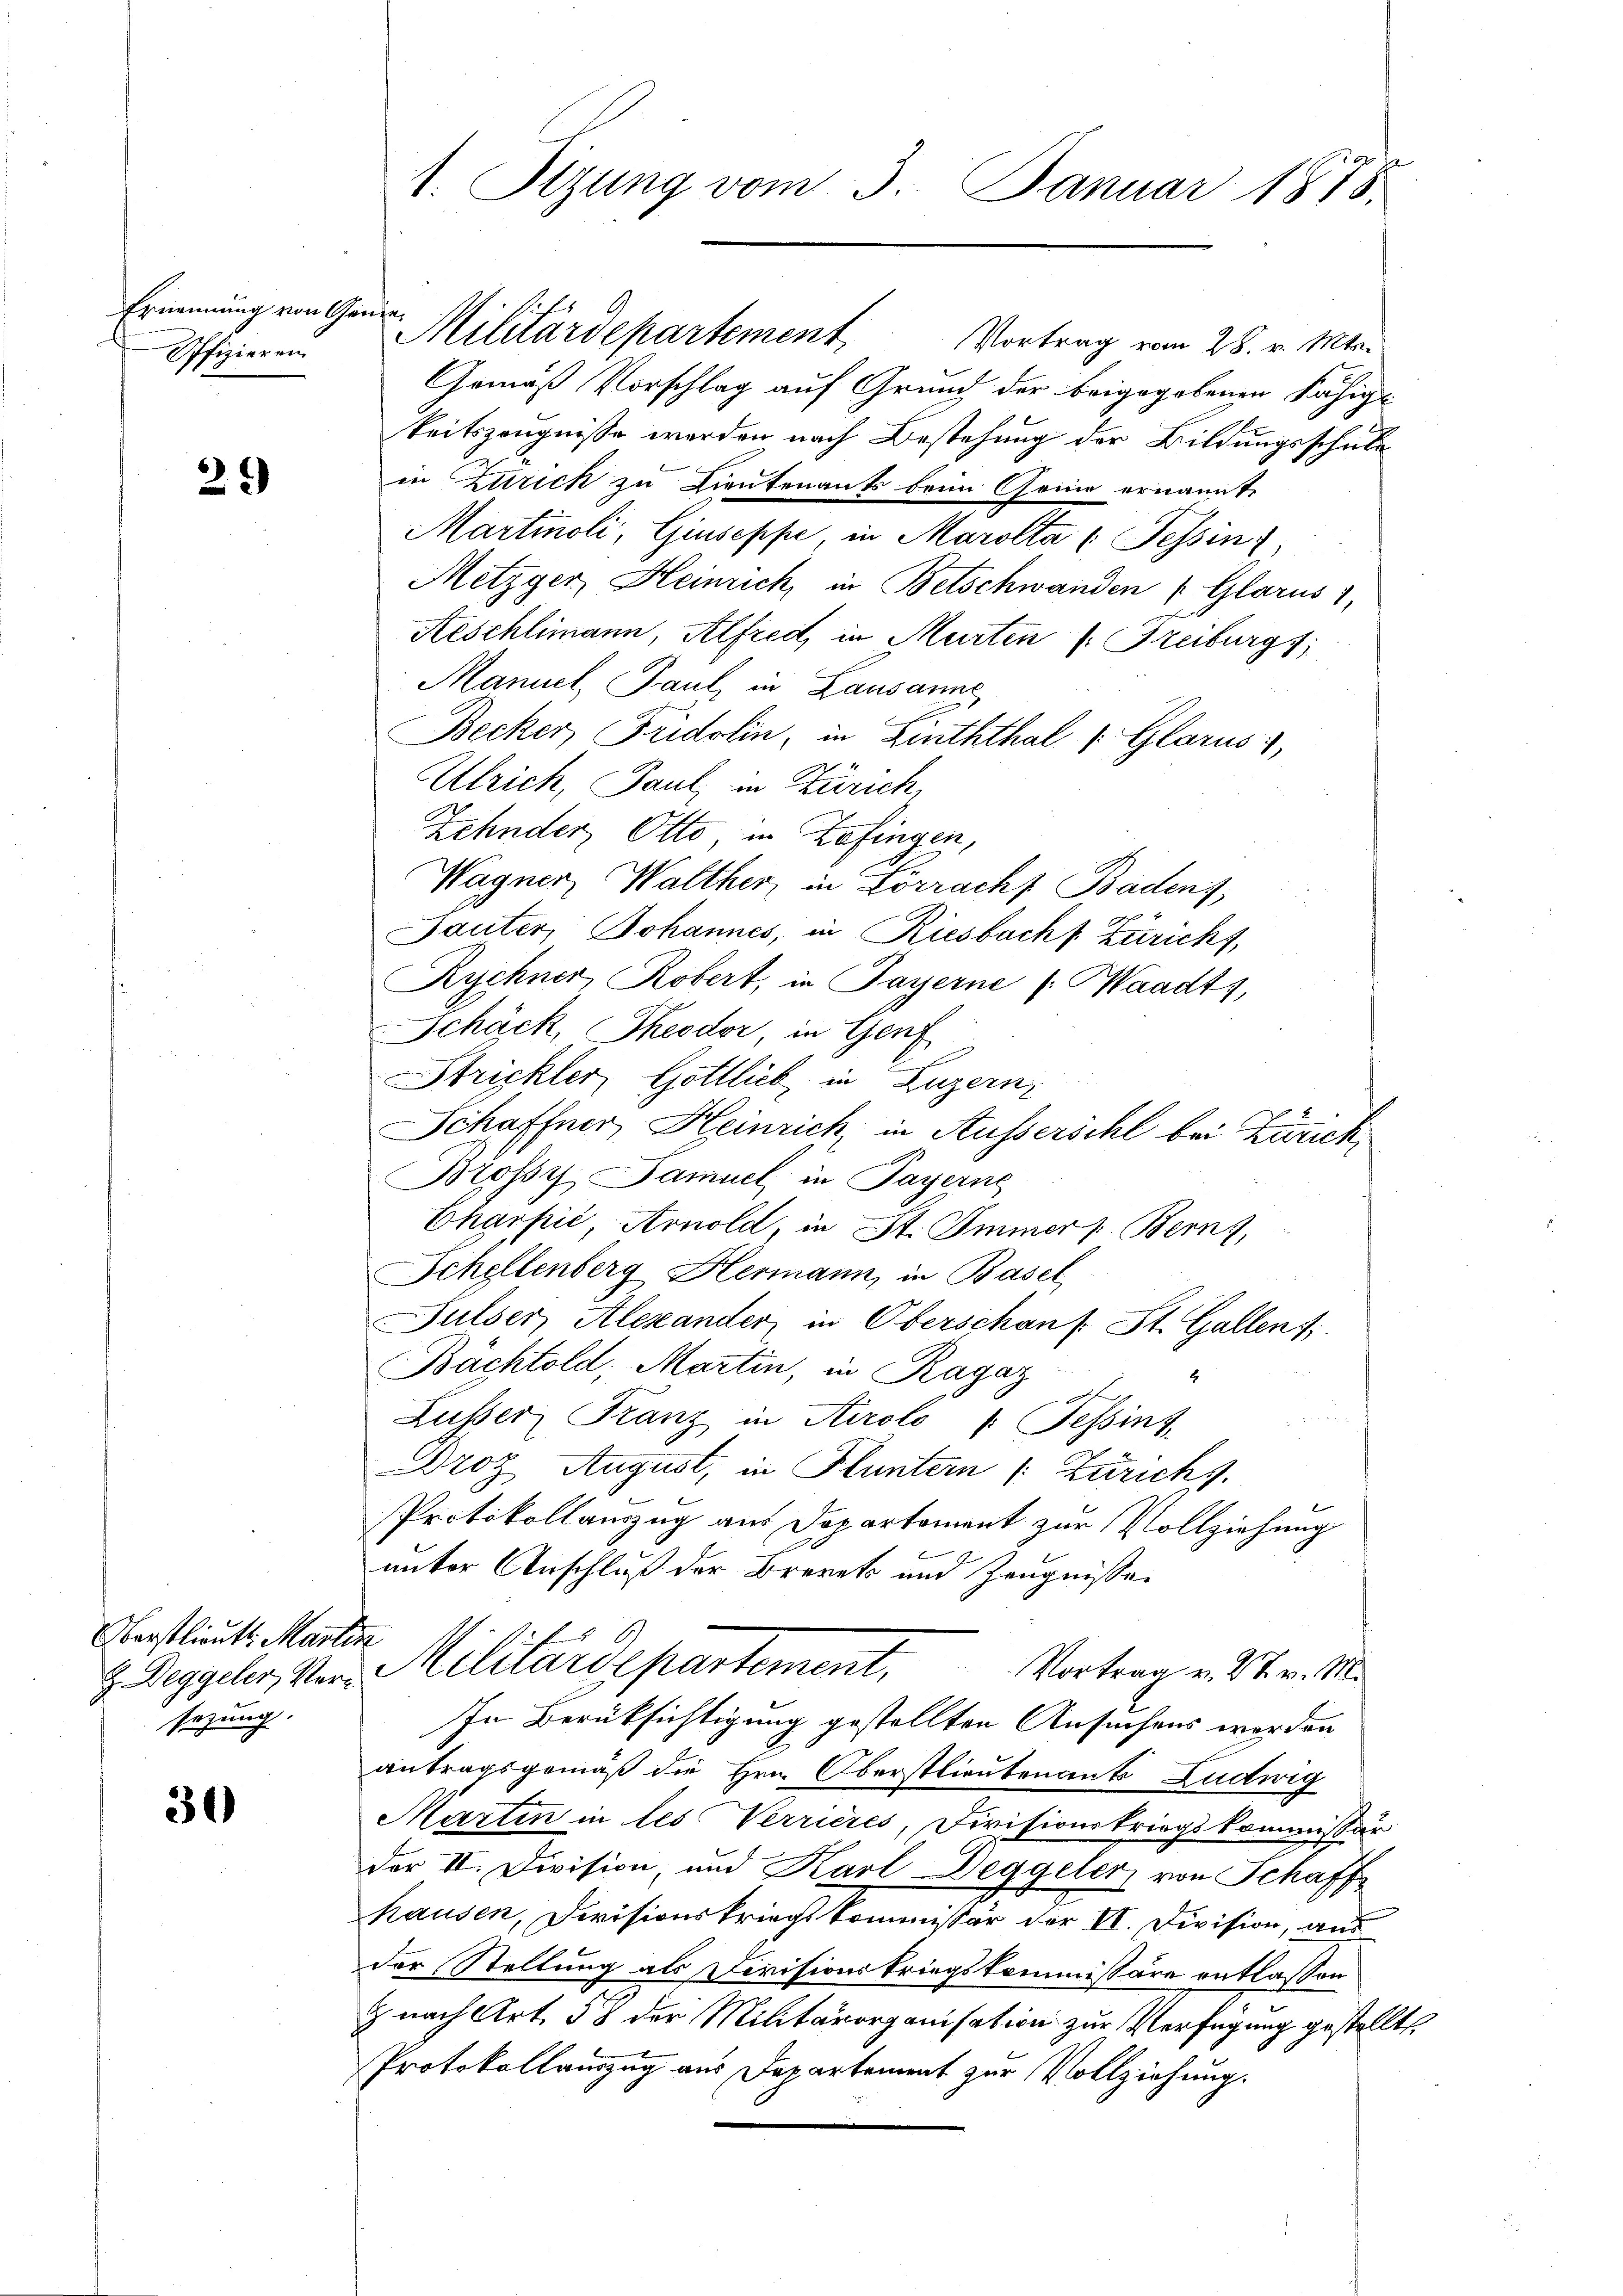
Ernennung von Genie.
Offizieren

2.)

Oberstlieut. Martin
sezung.

30

1. Sizung vom 3. Januar 1878.

Militärdepartement
Vortrag vom 28. v. Mts.
Gemäß Vorschlag auf Grund der beigegebenen Fähige
keitszeugnisse werden nach Bestehung der Bildungsschule
in Zürich zu Lieutenants beim Geine ernannte
Martinoli, Giuseppe in Marolta (Tessin,
Metzger, Heinrich, in Betschwanden Glarus 1
Aeschlimann, Alfred, in Murten (Freiburg 1
Maniel, Paul, in Lausanne
Becker, Fridolin, in Linththal (Glarus i
Ulrich, Paul in Zürich,
Zehnder, Otto, in Zofingen,
Wagner, Walther in Lörracht Badens,
Sauter, Johannes, in Riesbacht. Zuricht,
Rychner, Robert, in Payerne (Waadt,
Schäck, Theodor in Genf
Strickler, Gottlich, in Luzern,
Schaffner, Heinrich, in Ausserscht bei Zürich,
Brossy Samuel in Payerne
Charfić, Arnold, in St. Immer, Bern,
Schellenberg Hermann, in Basel
Julser, Alexander in Oberschon f. St. Gallent
Bächtold, Martin, in Ragaz
4
h
Lusser Franz in Airolo : Tessint
Droz. August, in Fluntern (Zürichs.
Protokollauszug aus Departement zur Vollziehung
b
unter Anschluß der Brevets und Zeugnisse
z. Diggeler, von Militärdepartement.
Vortrag v. 27. v. M.
In Berüksichtigung gestellten Ansuchens werden
antragsgemäß die Hrn. Oberstlieutenants Ludwig
Martin in les Verrieres, Divisionskriegskommissär
der II. Division, und Karl Deggeler von Schaff
hausen, Divisionskriegskommissär der VI. Division, aus
der Stellung als Divisionskriegskommissäre entlassen
z nach Art. 58 der Militärorganisation zur Verfügung gestellte
Protokollauszug aus Departement zur Vollziehung.